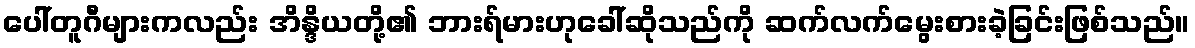
ပေါ်တူဂီများကလည်း အိန္ဒိယတို့၏ ဘားရ်မားဟုခေါ်ဆိုသည်ကို ဆက်လက်မွေးစားခဲ့ခြင်းဖြစ်သည်။